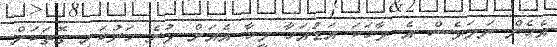
އެހެން ނަމަވެސް އެ ވާހަކަ އަޑުއަހާ މީހާ އެއަށް ވުރެ ހަރުކަށި ގޮތަކަށް